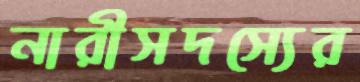
নারীসদস্যের